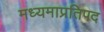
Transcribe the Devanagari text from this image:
मध्यमाप्रतिपद